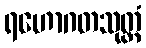
ရဟောဂတသုတ္တံ